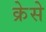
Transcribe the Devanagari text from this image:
क्रेसे